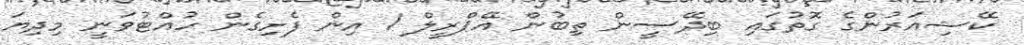
ކޭޝިއަރުންގެ ގޮތުގައި ބިދޭސީން ތިބުން އޭޕްރީލް 1 އިން ފެށިގެން ހުއްޓުވަނީ މިދިޔަ